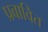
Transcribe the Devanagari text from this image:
प्रबावित